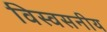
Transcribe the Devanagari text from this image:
विस्वसनीय